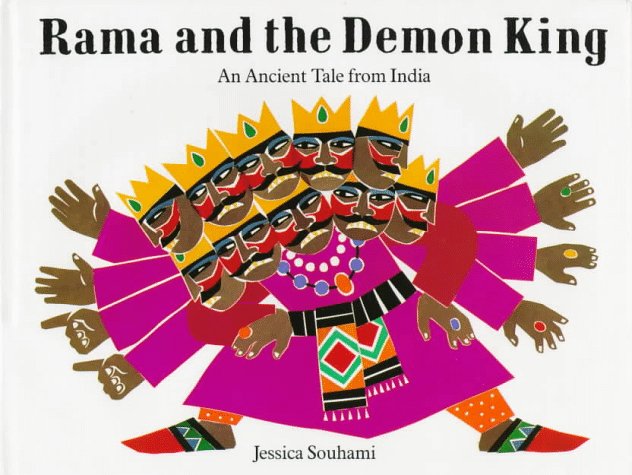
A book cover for Rama And The Demon King: An Ancient Tale From India; Jessica Souhami; Children's Books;